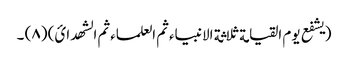
(یشفع یوم القیامة ثلاثة الانبیاء ثم العلماء ثم الشھدائ) (٨) ۔